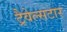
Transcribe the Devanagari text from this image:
ट्रैवेल्सटार